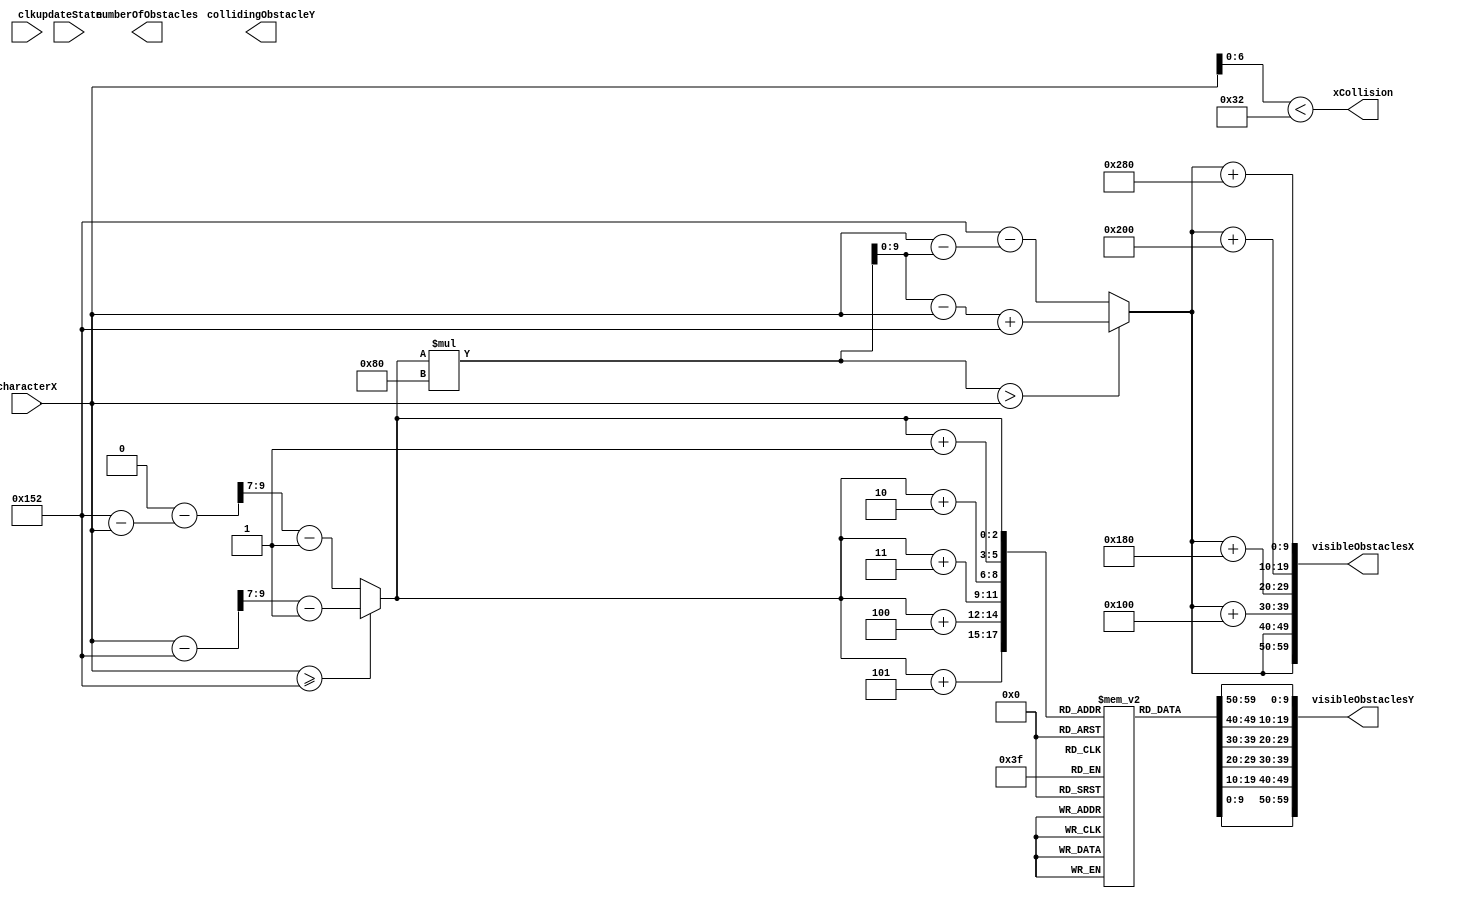
`timescale 1ns / 1ps
//////////////////////////////////////////////////////////////////////////////////
// Company: 
// Engineer: 
// 
// Design Name: 
// Module Name: obstaclePosition
// Project Name: 
// Target Devices: 
// Tool Versions: 
// Description: 
// 
// Dependencies: 
// 
// Revision:
// Revision 0.01 - File Created
// Additional Comments:
// 
//////////////////////////////////////////////////////////////////////////////////


module obstaclePosition(
    input clk,
    input updateState,
    input [9:0] characterX,
    output [3:0] numberOfObstacles, //currently can only have up to 8 obstacles on screen which seems reasonable
    output [9:0] collidingObstacleY,
    output reg [59:0] visibleObstaclesY,
    output reg [59:0] visibleObstaclesX,
    output xCollision
    );
    //starting with 8 obstacles whose heights were picked by random.org's number generator
//    parameter [79:0] obstacleArray = {10'd300,10'd430,10'd229,10'd50,10'd429,10'd92,10'd356,10'd156};
    reg [9:0] obstacleArray[7:0];
    
    initial begin
        obstacleArray[0] = 10'd300;
        obstacleArray[1] = 10'd230;
        obstacleArray[2] = 10'd229;
        obstacleArray[3] = 10'd50;
        obstacleArray[4] = 10'd129;
        obstacleArray[5] = 10'd92;
        obstacleArray[6] = 10'd326;
        obstacleArray[7] = 10'd156;
    end
    
    
    parameter characterWidth = 64;
    parameter obstacleWidth = 50;
    parameter spaceBetweenObstacles = 78; //previously 78
    parameter indexShift = 7; // log(widthPerObstacle) so that we can find the current obstacle
    parameter maximumVisible = 6; //previously 6
    parameter widthPerObstacle = obstacleWidth + spaceBetweenObstacles;
    
    //tried switching this to -
    parameter characterOffset = (320 - characterWidth/2 + obstacleWidth);
    
    wire [2:0] currentObstacle;
    reg [2:0] lowbound;
    //x values are evenly distributed to each obstacle and with the same amount of space between so the x value of an obstacle is obstacle#*
    assign currentObstacle = characterX >> indexShift;
    assign xCollision = characterX[6:0] < obstacleWidth;
    
    wire [9:0] closestObstacle = (lowbound*widthPerObstacle > characterX) ? (lowbound*widthPerObstacle - characterX) + characterOffset : characterOffset-(characterX - lowbound*widthPerObstacle);
    wire [9:0] secondclosestObstacle = closestObstacle + widthPerObstacle;
    wire [9:0] thirdclosestObstacle = closestObstacle + 2*widthPerObstacle;
    wire [9:0] fourthclosestObstacle = closestObstacle + 3*widthPerObstacle;
    wire [9:0] fifthclosestObstacle = closestObstacle + 4*widthPerObstacle;
    wire [9:0] sixthclosestObstacle = closestObstacle + 5*widthPerObstacle;
    
    reg needUpdate = 0;
    //possibly rethink when to increment indexCount
    always @(clk) begin
        lowbound <= characterX >= characterOffset ? ((characterX-characterOffset) >> indexShift)-1 : ((8*widthPerObstacle - (characterOffset- characterX)) >> indexShift)-1;
//        visibleObstaclesY <= {obstacleArray[lowbound],obstacleArray[lowbound+1],obstacleArray[lowbound+2],obstacleArray[lowbound+3], 20'd0};
//        visibleObstaclesX <= {closestObstacle, closestObstacle, thirdclosestObstacle, fourthclosestObstacle, 20'd0};
        visibleObstaclesY <= {obstacleArray[lowbound],obstacleArray[lowbound+1],obstacleArray[lowbound+2],obstacleArray[lowbound+3],obstacleArray[lowbound+4],obstacleArray[lowbound+5]};
        visibleObstaclesX <= {closestObstacle, closestObstacle, thirdclosestObstacle, fourthclosestObstacle, fifthclosestObstacle, sixthclosestObstacle};
    end
    //visibility is determined by the x of a obstacle being between characterX-(320-.5*birdwidth) and characterX + 320 + .5*birdWidth from  and 
    
    
endmodule